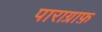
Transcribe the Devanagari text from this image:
पाराग्राफ़